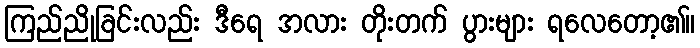
ကြည်ညိုခြင်းလည်း ဒီရေ အလား တိုးတက် ပွားများ ရလေတော့၏။